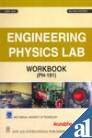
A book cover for Engineering Physics Lab Workbook [PH 191]; WBUT; Science & Math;